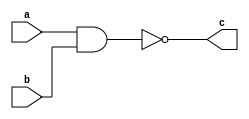
// (A)
module dm2_a(
    input a,
    input b,

    output c
);

assign c = ~(a && b);

endmodule


// (B)
module dm2_b(
    input a,
    input b,

    output c
);

assign c = (~a) || (~b);

endmodule